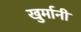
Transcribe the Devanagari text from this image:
खुर्मानी